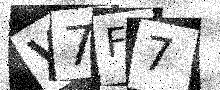
Text: V7F7